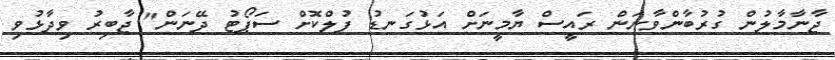
ޖާނާމާލުން ގުރުބާންވާނަން ރައީސް ޔާމީނަށް އަޅުގަނޑު ފުލްކޮށް ސަޕޯޓު ދޭނަން" ޖާބިރު ވިދާޅުވި